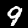
Digit: 9